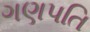
ગણપતિ